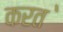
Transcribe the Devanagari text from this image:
करत॓